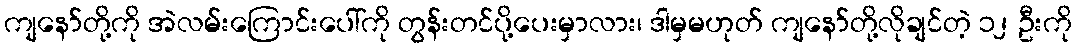
ကျနော်တို့ကို အဲလမ်းကြောင်းပေါ်ကို တွန်းတင်ပို့ပေးမှာလား၊ ဒါမှမဟုတ် ကျနော်တို့လိုချင်တဲ့ ၁၂ ဦးကို